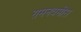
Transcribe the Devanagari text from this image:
रामनवमीस